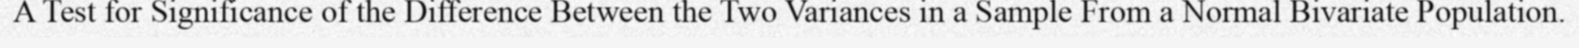
A Test for Significance of the Difference Between the Two Variances in a Sample From a Normal Bivariate Population.